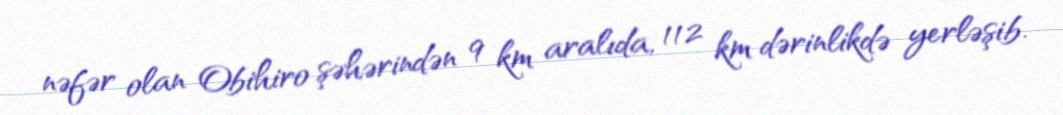
nəfər olan Obihiro şəhərindən 9 km aralıda, 112 km dərinlikdə yerləşib.